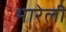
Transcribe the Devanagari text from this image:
भारेली